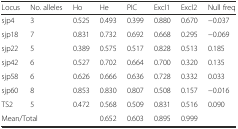
<table><thead><tr><td><b>Locus</b></td><td><b>No. alleles</b></td><td><b>Ho</b></td><td><b>He</b></td><td><b>PIC</b></td><td><b>Excl1</b></td><td><b>Excl2</b></td><td><b>Null freq</b></td></tr></thead><tbody><tr><td>sjp4</td><td>3</td><td>0.525</td><td>0.493</td><td>0.399</td><td>0.880</td><td>0.670</td><td>−0.037</td></tr><tr><td>sjp18</td><td>7</td><td>0.831</td><td>0.732</td><td>0.692</td><td>0.668</td><td>0.295</td><td>−0.069</td></tr><tr><td>sjp22</td><td>5</td><td>0.389</td><td>0.575</td><td>0.517</td><td>0.828</td><td>0.513</td><td>0.185</td></tr><tr><td>sjp42</td><td>6</td><td>0.527</td><td>0.702</td><td>0.664</td><td>0.700</td><td>0.320</td><td>0.135</td></tr><tr><td>sjp58</td><td>6</td><td>0.626</td><td>0.666</td><td>0.636</td><td>0.728</td><td>0.332</td><td>0.033</td></tr><tr><td>sjp60</td><td>8</td><td>0.853</td><td>0.830</td><td>0.807</td><td>0.508</td><td>0.157</td><td>−0.016</td></tr><tr><td>TS2</td><td>5</td><td>0.472</td><td>0.568</td><td>0.509</td><td>0.831</td><td>0.516</td><td>0.090</td></tr><tr><td colspan="2">Mean/Total</td><td></td><td>0.652</td><td>0.603</td><td>0.895</td><td>0.999</td><td></td></tr></tbody></table>